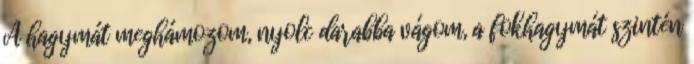
A hagymát meghámozom, nyolc darabba vágom, a fokhagymát szintén